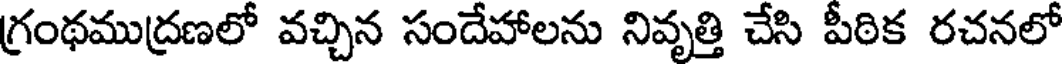
గ్రంథముద్రణలో వచ్చిన సందేహాలను నివృత్తి చేసి పీఠిక రచనలో